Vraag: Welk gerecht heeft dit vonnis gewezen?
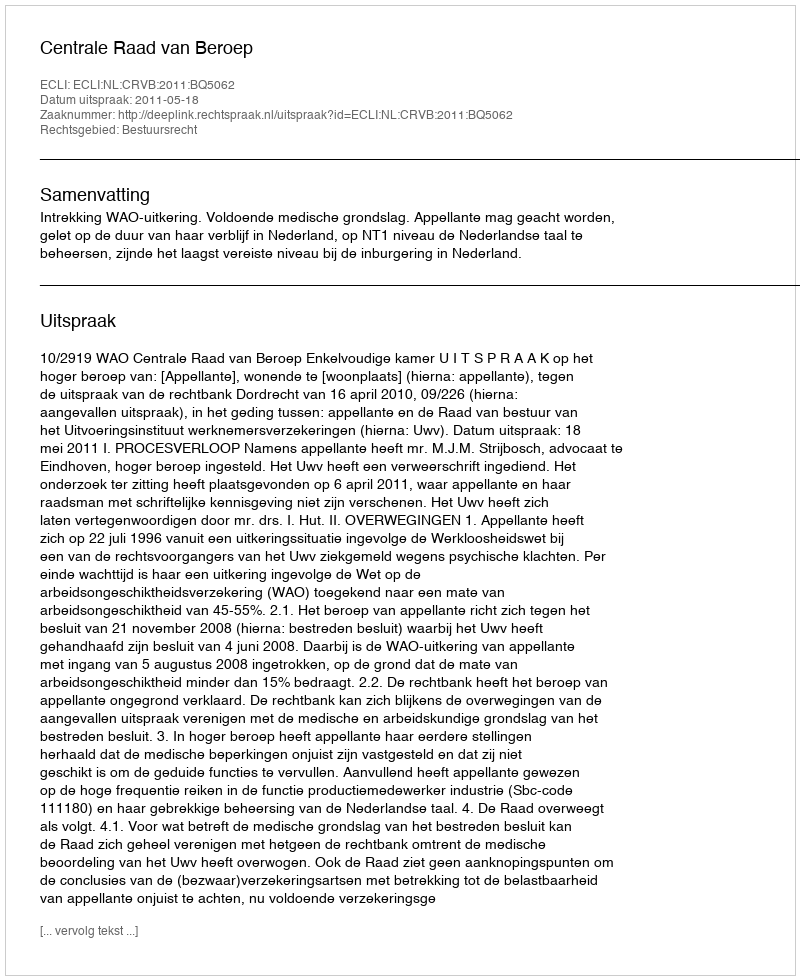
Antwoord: Centrale Raad van Beroep